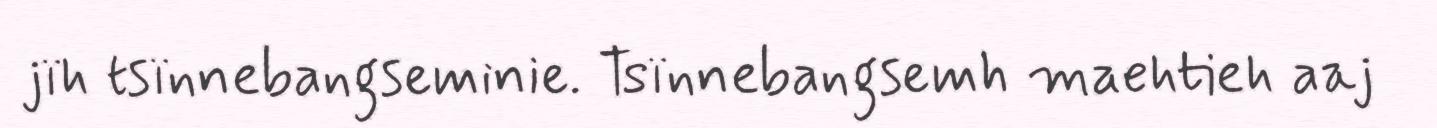
jïh tsïnnebangseminie. Tsïnnebangsemh maehtieh aaj